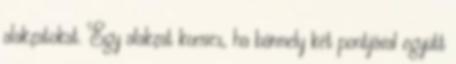
alakzatokat. Egy alakzat konvex, ha bármely két pontjával együtt